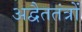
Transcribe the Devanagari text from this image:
अद्वैततंत्रों